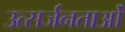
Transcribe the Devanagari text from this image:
उत्सर्जनताओं